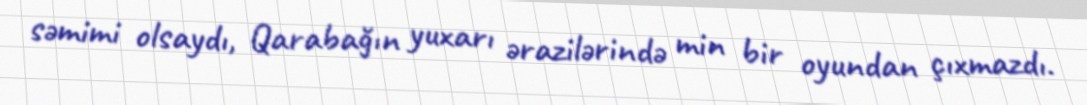
səmimi olsaydı, Qarabağın yuxarı ərazilərində min bir oyundan çıxmazdı.